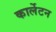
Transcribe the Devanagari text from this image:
कार्लेटन